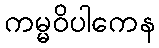
ကမ္မဝိပါကေန